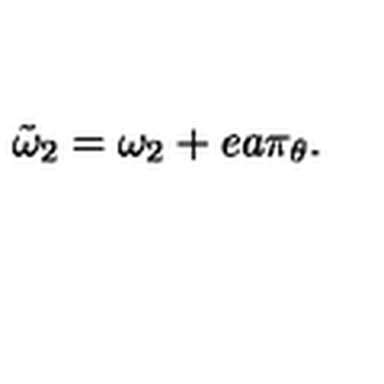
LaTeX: \tilde { \omega } _ { 2 } = \omega _ { 2 } + e a \pi _ { \theta } .